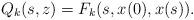
LaTeX: \begin{align*}Q_k(s,z) = F_k(s,x(0),x(s)).\end{align*}